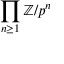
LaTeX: \prod _ { n \geq 1 } \mathbb { Z } / p ^ { n }